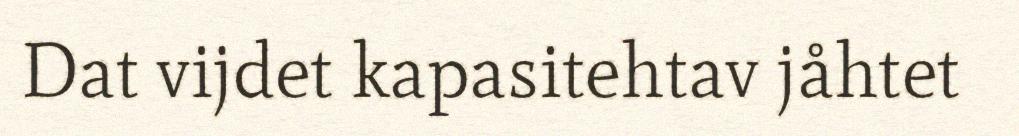
Dat vijdet kapasitehtav jåhtet